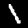
Digit: 1